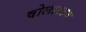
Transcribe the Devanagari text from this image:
वोलास्टन